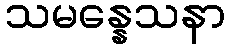
သမန္နေသနာ